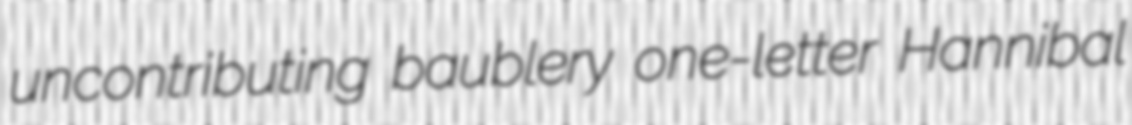
uncontributing baublery one-letter Hannibal